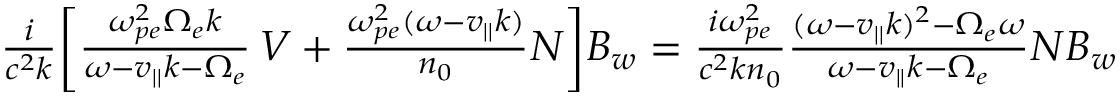
\begin{array} { r } { \frac { i } { c ^ { 2 } k } \bigg [ \frac { \omega _ { p e } ^ { 2 } \Omega _ { e } k } { \omega - v _ { | | } k - \Omega _ { e } } \, V + \frac { \omega _ { p e } ^ { 2 } ( \omega - v _ { | | } k ) } { n _ { 0 } } N \bigg ] B _ { w } = \frac { i \omega _ { p e } ^ { 2 } } { c ^ { 2 } k n _ { 0 } } \frac { ( \omega - v _ { | | } k ) ^ { 2 } - \Omega _ { e } \omega } { \omega - v _ { | | } k - \Omega _ { e } } N B _ { w } } \end{array}